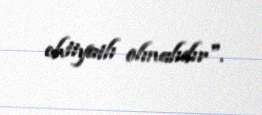
ehtiyatlı olmalıdır".